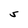
Character: S